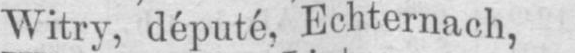
Witry, député, Echternach,